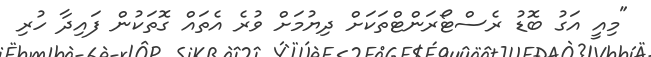
"މިއީ އަގު ބޮޑު ރެސްޓޯރަންޓްތަކަށް ދިޔުމަށް ވުރެ އެތައް ގޮތަކުން ފައިދާ ހުރި